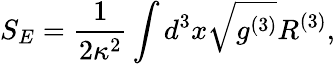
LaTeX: S_{E}=\frac{1}{2\kappa^{2}}\int d^{3}x\sqrt{g^{(3)}}{R^{(3)}},